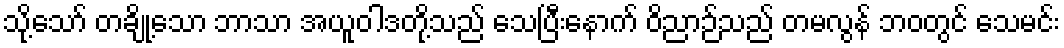
သို့သော် တချို့သော ဘာသာ အယူဝါဒတို့သည် သေပြီးနောက် ဝိညာဉ်သည် တမလွန် ဘဝတွင် သေမင်း